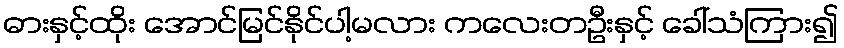
ဓားနှင့်ထိုး အောင်မြင်နိုင်ပါ့မလား ကလေးတဦးနှင့် ခေါ်သံကြား၍